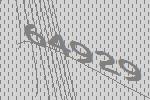
64929